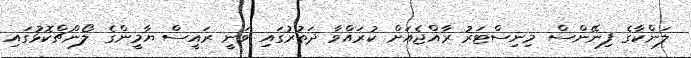
ލަންކާގެ ފިނޭންސް މިނިސްޓަރު ރާއްޖެއަށް ކުރައްވާ ދަތުރުގައި ވަނީ ރައީސް ޔާމީންގެ ލޯންޗްކޮޅުގައި